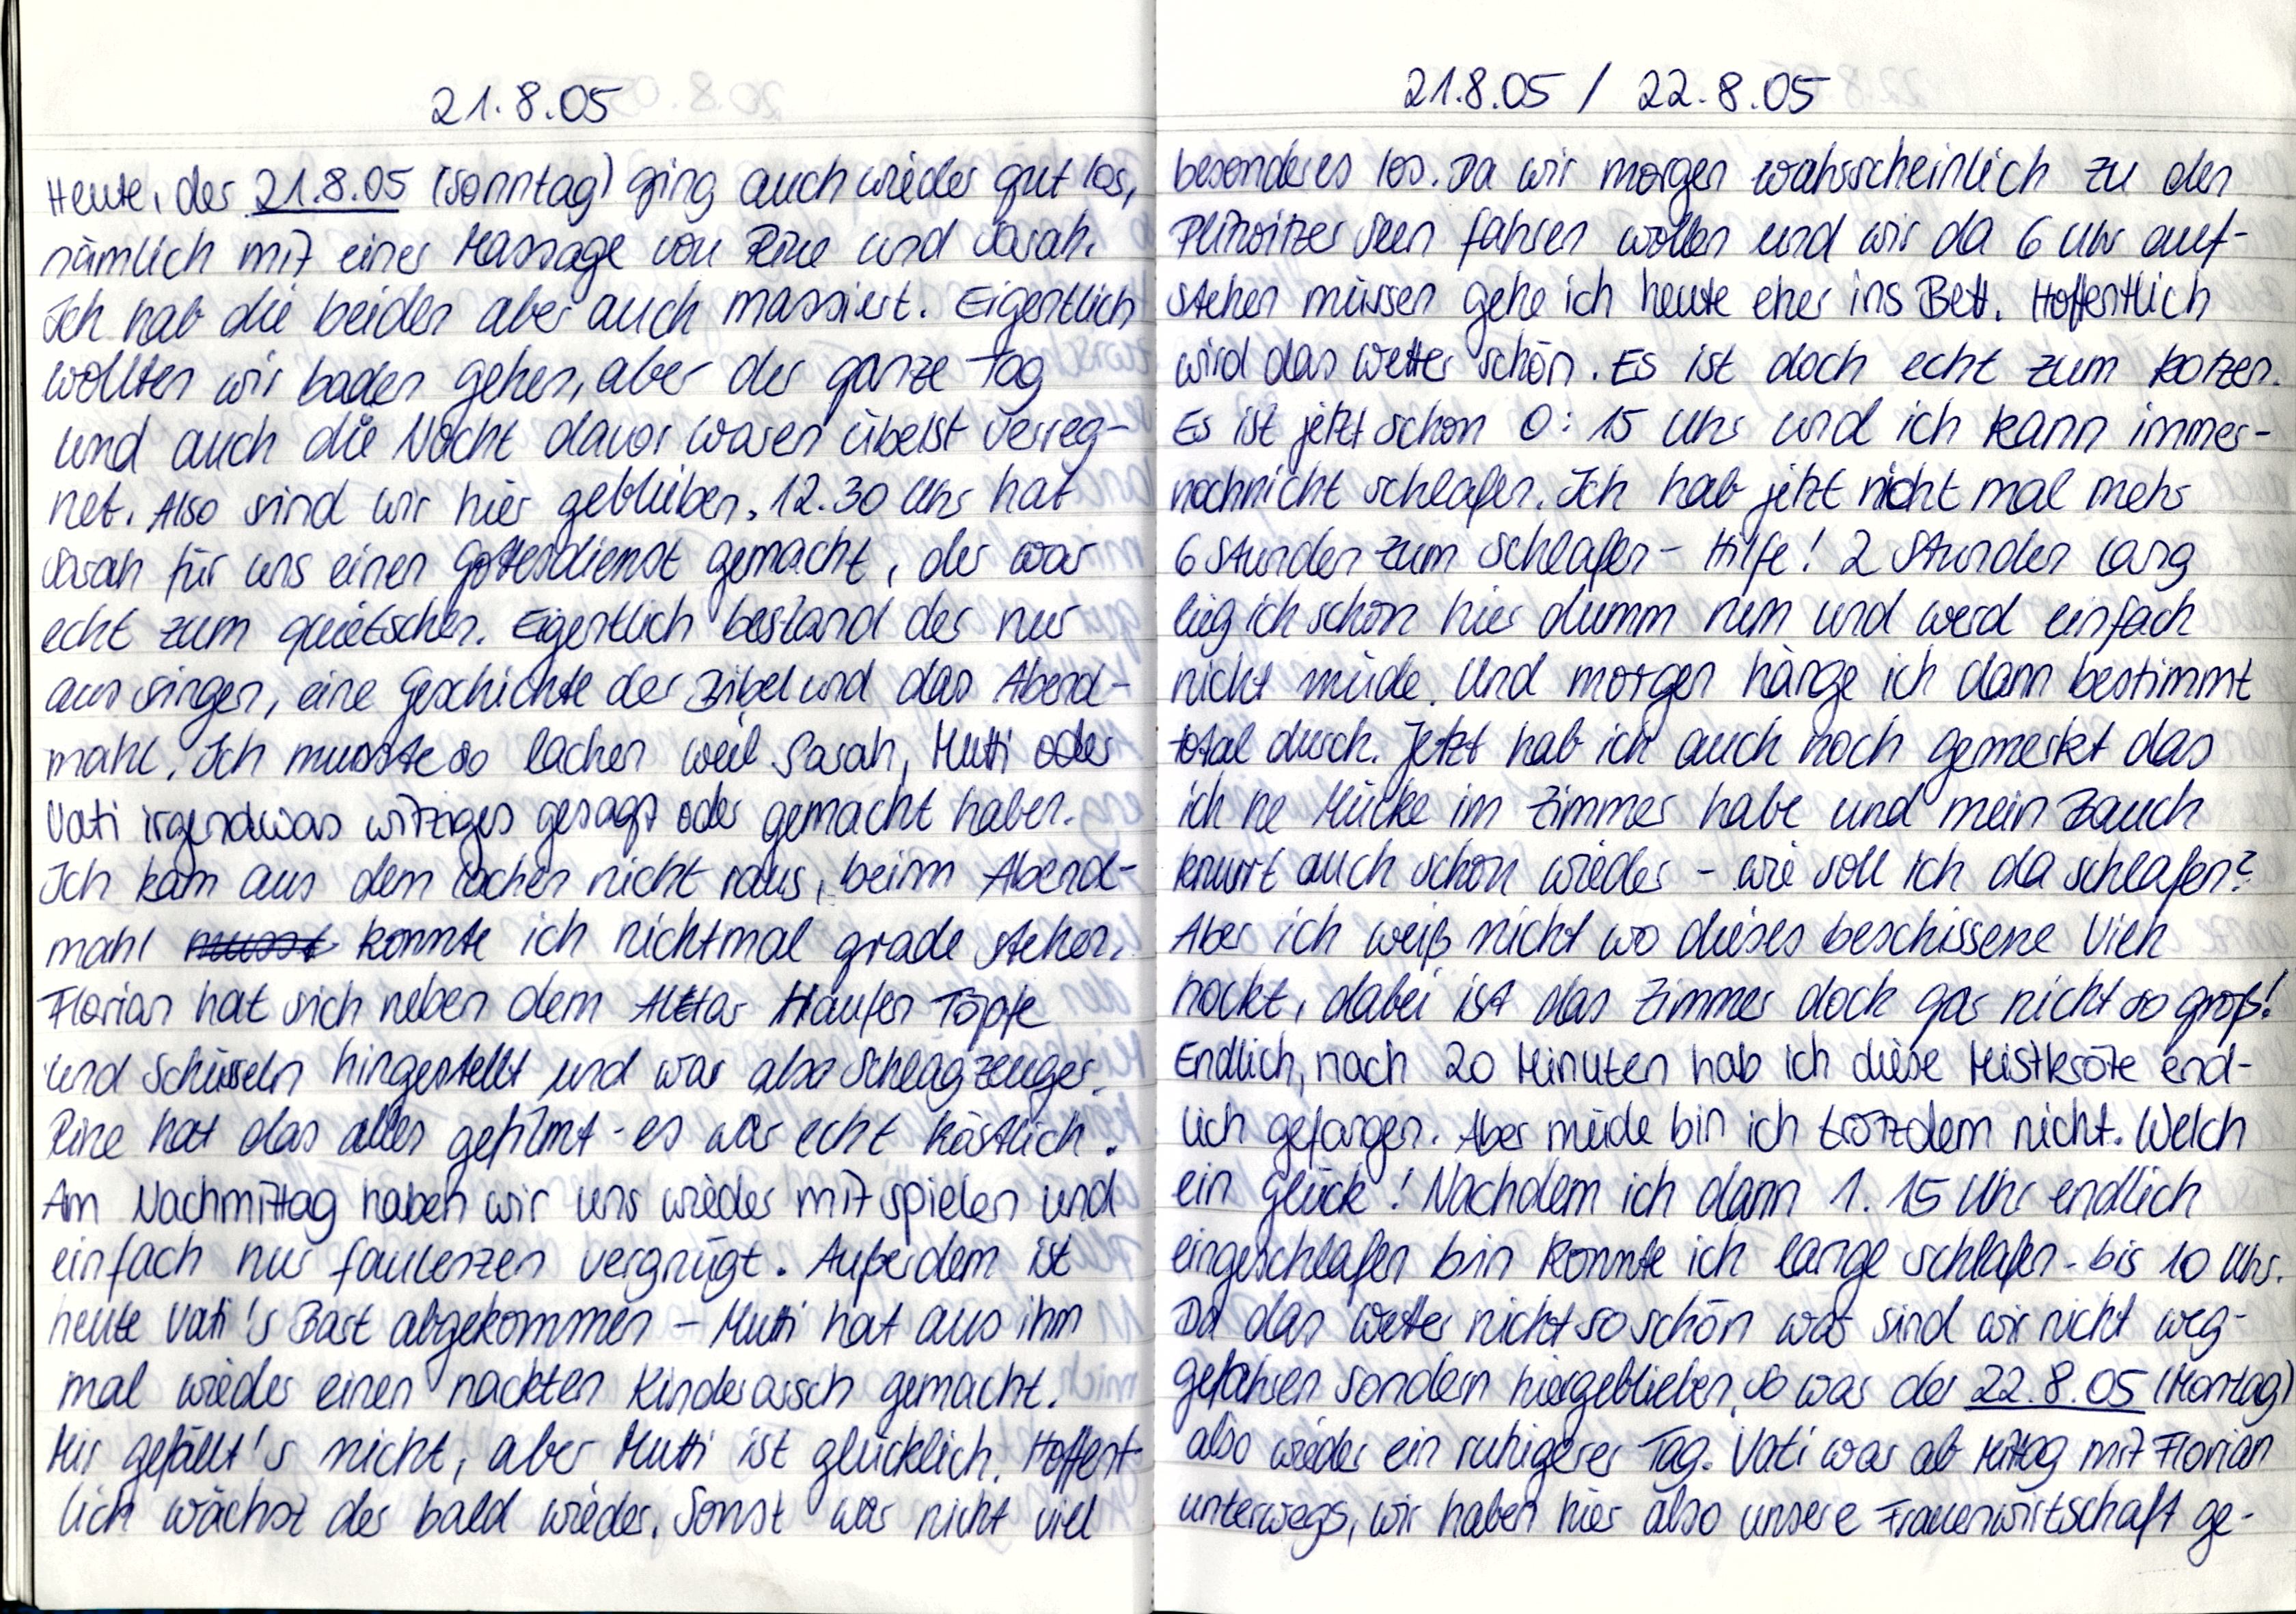
21.8.05
Heute, der 21.8.05 (Sonntag) ging auch wieder gut los,
nämlich mit einer Massage von Rine und Sarah.
Ich hab die beiden aber auch massiert. Eigentlich
wollten wir baden gehen, aber der ganze Tag
und auch die Nacht davor waren übelst verreg-
net. Also sind wir hier geblieben. 12.30 Uhr hat
Sarah für uns einen Gottesdienst gemacht, der war
echt zum quietschen. Eigentlich bestand der nur
aus singen, eine Geschichte der Bibel und das Abend-
mahl. Ich musste so lachen weil Sarah, Mutti oder
Vati irgendwas witziges gesagt oder gemacht haben.
Ich kam aus dem lachen nicht raus, beim Abend-
mahl konnte ich nichtmal grade stehen.
Florian hat sich neben dem Altar Haufen Töpfe
und Schüsseln hingestellt und war also Schlagzeuger.
Rine hat das alles gefilmt - es war echt köstlich.
Am Nachmittag haben wir uns wieder mit spielen und
einfach nur faulenzen vergnügt. Außerdem ist
heute Vati's Bart abgekommen - Mutti hat aus ihm
mal wieder einen nackten Kinderarsch gemacht.
Mir gefällt's nicht, aber Mutti ist glücklich. Hoffent-
lich wächst der bald wieder. Sonst war nicht viel

21.8.05 / 22.8.05
besonderes los. Da wir morgen wahrscheinlich zu den
Plitwitzer Seen fahren wollen und wir da 6 Uhr auf-
stehen müssen gehe ich heute eher ins Bett. Hoffentlich
wird das Wetter schön. Es ist doch echt zum kotzen.
Es ist jetzt schon 0:15 Uhr und ich kann immer-
nochnicht schlafen. Ich hab jetzt nicht mal mehr
6 Stunden zum schlafen - Hilfe! 2 Stunden lang
lieg ich schon hier dumm rum und werd einfach
nicht müde. Und morgen hänge ich dann bestimmt
total durch. Jetzt hab ich auch noch gemerkt das
ich ne Mücke im Zimmer habe und mein  Bauch
knurrt auch schon wieder - wie soll ich da schlafen?
Aber ich weiß nicht wo dieses beschissene Vieh
hockt, dabei ist das Zimmer doch gar nicht so groß!
Endlich, nach 20 Minuten hab ich diese Mistkröte end-
lich gefangen. Aber müde bin ich trotzdem nicht. Welch
ein Glück! Nachdem ich dann 1.15 Uhr endlich
eingeschlafen bin konnte ich lange schlafen - bis 10 Uhr.
Da das Wetter nicht so schön war sind wir nicht weg-
gefahren sondern hiergeblieben. So war der 22.8.05 (Montag)
also wieder ein ruhigerer Tag. Vati war ab Mittag mit Florian
unterwegs, wir haben hier also unsere Frauenwirtschaft ge-